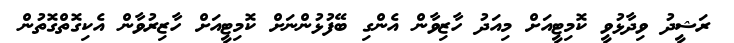
ރަޝީދު ވިދާޅުވީ ކޮމިޓީއަށް މިއަދު ހާޒިވާން އެންގި ބޭފުޅުންނަށް ކޮމިޓީއަށް ހާޒިރުވާން އެކިގޮތްގޮތުން